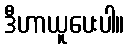
ဒီဟာယူပေးပါ။